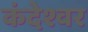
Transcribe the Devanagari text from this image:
कंदेश्वर